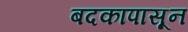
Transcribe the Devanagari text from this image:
बदकापासून